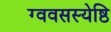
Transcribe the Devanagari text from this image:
ग्ववसस्येष्ठि